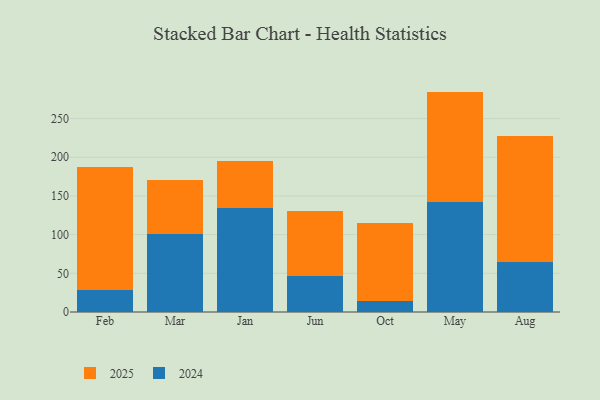
{"axis": {"x": "Month", "y": "Satisfaction Score"}, "legend": ["2024", "2025"], "data": [{"x": "Feb", "y": 27.8, "type": "2024"}, {"x": "Feb", "y": 159.4, "type": "2025"}, {"x": "Mar", "y": 101.0, "type": "2024"}, {"x": "Mar", "y": 69.2, "type": "2025"}, {"x": "Jan", "y": 134.0, "type": "2024"}, {"x": "Jan", "y": 61.6, "type": "2025"}, {"x": "Jun", "y": 46.8, "type": "2024"}, {"x": "Jun", "y": 84.0, "type": "2025"}, {"x": "Oct", "y": 14.4, "type": "2024"}, {"x": "Oct", "y": 100.8, "type": "2025"}, {"x": "May", "y": 141.7, "type": "2024"}, {"x": "May", "y": 143.1, "type": "2025"}, {"x": "Aug", "y": 64.8, "type": "2024"}, {"x": "Aug", "y": 163.2, "type": "2025"}]}